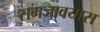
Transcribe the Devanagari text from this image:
समजावयास